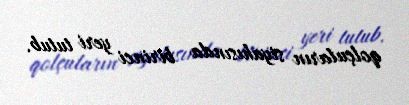
qolçuların siyahısında birinci yeri tutub.